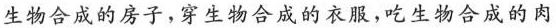
生物合成的房子，穿生物合成的衣服，吃生物合成的肉